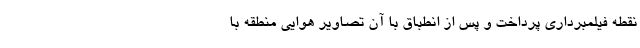
نقطه فیلمبرداری پرداخت و پس از انطباق با آن تصاویر هوایی منطقه با